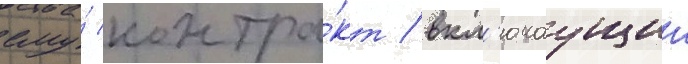
ему́ контра́кт / вкл'ючаущии